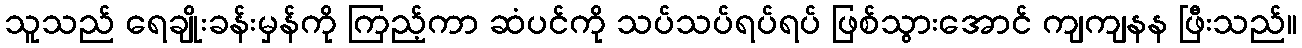
သူသည် ရေချိုးခန်းမှန်ကို ကြည့်ကာ ဆံပင်ကို သပ်သပ်ရပ်ရပ် ဖြစ်သွားအောင် ကျကျနန ဖြီးသည်။